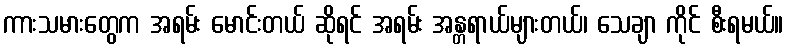
ကားသမားတွေက အရမ်း မောင်းတယ် ဆိုရင် အရမ်း အန္တရာယ်များတယ်၊ သေချာ ကိုင် စီးရမယ်။